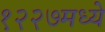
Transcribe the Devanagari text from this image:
१२२७मध्ये